Alphabetical list of drugs, medicines and other preparations free from, and containing, spirit compiled from the results of tests made by the customs houses at Calcutta, Bombay, and Madras
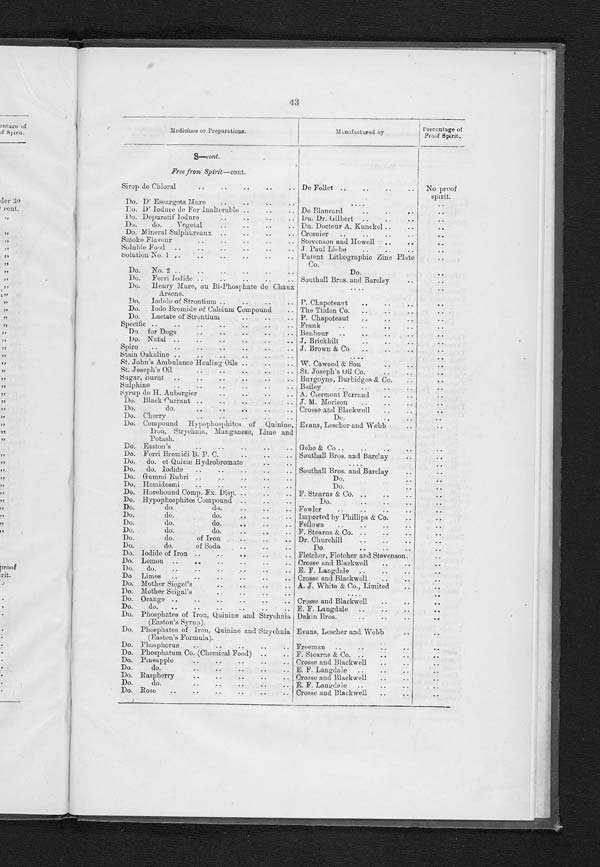
43
Medicines or Preparations.
Manufactured by
Percentage of
Proof Spirit.
S—COnt.
Free from Spirit—cont.
Sirop de Chloral
..
..
..
..
.. De Follet ..
..
..
..
No proof
spirit.
Do. D' Eseargots Mure
..
..
..
..
. . . .
..
Do. D' lodure de Fer Inalterable ..
..
.. De Blancard
..
..
..
. .
Do. Depuratif Iodure
..
..
.. .. Du. Dr. Gilbert ..
..
..
. .
Do.
do.
Vegetal
..
..
..
.. Du. Docteur A. Kunekel ..
..
. .
Do. Mineral Sulphureaux ..
..
..
.. Crosnier
..
..
..
..
. .
Smoke Flavour
..
..
..
..
.. Stevenson and Howell ..
..
..
Soluble Food ..
..
..
..
..
. . J. Paul Liebe
..
.. ..
. .
Solution No. 1 .. ..
..
..
..
.. ! Patent Lithographic Zinc Plate
Co.
..
Do. No. 2 ..
..
..
..
..
..
Do.
. .
Do.
Ferri Iodide ..
..
..
..
.. Southall Bros. and Barclay
..
. .
Do. Henry Mure, au Bi-Phosphate de Chaux
Arsene.
....
..
Do. Iodide of Strontium ..
..
..
.. P. Chapoteant
. . . . . .
. .
Do. lodo Bromide of Calcium Compound
.. The Tilden Co. ..
..
..
. .
Do. Lactate of Strontium
..
..
.. P. Chapoteaut ..
..
..
..
Specific ..
..
..
..
..
..
.. Frank
..
..
..
..
. .
Do. for Dogs
..
..
..
.. Benbour ..
..
..
. .
Do. Natal ..
..
..
..
..
.. J. Brickhill
..
..
..
..
Spiro
..
..
..
..
..
..
.. J. Brown & Co. ..
..
..
. .
Stain Oakaline ..
..
..
..
..
..
....
..
St. John's Ambulance Healing Oils ..
..
.. W. Cawood & Son
..
..
..
St. Joseph's Oil
..
..
..
..
.. St. Joseph's Oil Co.
..
..
. .
Sugar, burnt ..
..
..
..
..
.. Burgoyne, Burbidges & Co.
..
..
Sulphine
..
..
..
..
.. Bailey
..
..
..
..
..
Syrup de H . Aubergier
..
..
..
.. A. Clermont Ferrand
..
. .
Do. Black Currant ..
..
..
..
.. J. M. Morison
..
..
..
Do.
do.
..
..
..
..
.. Crosse and Blackwell
..
..
Do. Cherry
..
..
..
Do.
..
. .
..
Do. Compound Hypophosphites of Quinine,
Iron, Strychnia, Manganese, Lime and
Potash.
Evans, Lescher and Webb
..
. .
Do. Easton's
..
..
..
..
.. Gehe & Co ..
..
..
..
..
Do. Ferri Bromidi B. P. C.
..
..
.. Southall Bros. and Barclay
..
..
Do. do. et Quinæ Hydrobromate
..
..
....
..
Do.
do. Iodide ..
..
..
..
.. Southall Bros. and Barclay
..
. .
Do. Gummi Rubri ..
..
..
..
Do.
..
..
Do. Hemidesmi
..
..
..
..
..
Do.
..
..
Do. Horehound Comp. Ex. Disp. ..
..
.. F. Stearns & Co. ..
..
..
..
Do. Hypophosphites Compound ..
..
..
Do.
..
..
..
Do.
do.
do.
..
..
.. Fowler
..
..
..
..
..
Do.
do.
do.
..
..
.. Imported by Phillips & Co.
..
..
Do.
do.
do.
..
..
.. Fellows
..
..
..
..
..
Do.
do.
do.
..
.. F. Stearns & Co. ..
..
..
..
Do.
do.
of Iron
..
.. Dr. Churchill
..
..
..
. .
Do.
do.
of Soda
..
Do.
. .
..
Do. Iodide of Iron ..
..
..
..
.. Fletcher, Fletcher and Stevenson.
. .
Do. Lemon ..
..
..
..
..
.. Crosse and Blackwell
..
..
..
Do. do.
..
..
..
..
.. E. F. Langdale ..
..
..
..
Do Limes ..
..
..
..
..
.. Crosse and Blackwell
..
..
..
Do. Mother Siegel's
..
..
..
.. A. J. White & Co., Limited
..
. .
Do. Mother Seigal's
..
..
..
..
....
..
Do. Orange ..
..
..
..
.. Crosse and Blackwell
..
..
..
Do.
do.
..
..
..
..
..
.. E. F. Langdale ..
..
..
..
Do. Phosphates of Iron, Quinine and Strychnia
(Easton's Syrup).
Dakin Bros.
..
..
..
..
Do. Phosphates of Iron, Quinine and Strychnia
(Easton's Formula).
Evans, Lescher and Webb
..
..
Do. Phosphorus
..
..
..
..
.. Freeman ..
..
..
..
..
Do. Phosphatum. Co. (Chemical Food) ..
.. F. Stearns & Co. .. .. .. ..
Do. Pineapple
..
..
..
..
.. Crosse and Blackwell
..
. .
Do.
do.
..
..
..
.. E. F. Langdale ..
..
..
..
Do. Raspbeeey .. ..
Crosse and Blackwell
..
. .
Do.
do.
..
..
..
.. E. F. Langdale ..
..
..
..
Do. Rose
..
..
..
..
Crosse and Blackwell
..
..
..